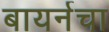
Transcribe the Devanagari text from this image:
बायर्नचा